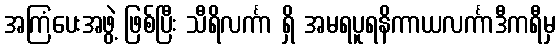
အကြံပေးအဖွဲ့ ဖြစ်ပြီး သီရိလင်္ကာ ရှိ အမရပူရနိကာယလင်္ကာဒီကရီမှ